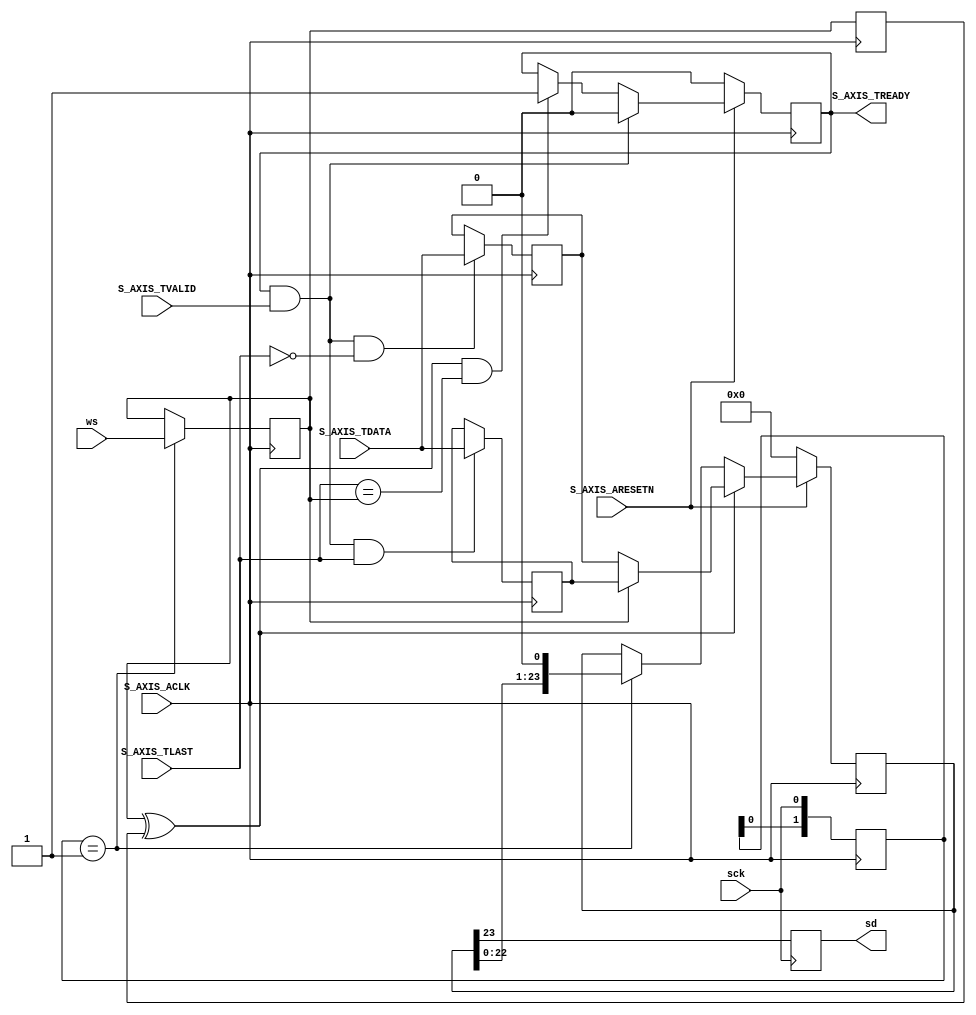
`timescale 1ns/1ns
module i2s_transmit #
  (
   parameter DATA_WIDTH = 24
   )
  (
   input S_AXIS_ACLK,
   input S_AXIS_ARESETN,
   input S_AXIS_TVALID,
   input [DATA_WIDTH-1 : 0] S_AXIS_TDATA,
   input S_AXIS_TLAST,
   output reg S_AXIS_TREADY,
  
   input sck,
   input ws,
   output reg sd
   );

  reg [1:0] sck_sync;
  always @(posedge S_AXIS_ACLK)
    sck_sync <= {sck_sync,sck};
  wire sck_rise = sck_sync == 2'b01;
  wire sck_fall = sck_sync == 2'b10;

  reg wsd = 0;
  always @(posedge S_AXIS_ACLK)
    if (sck_rise)
      wsd <= ws;

  reg wsdd = 0;
  always @(posedge S_AXIS_ACLK)
    wsdd <= wsd;

  wire wsp = wsd ^ wsdd;

  reg [DATA_WIDTH-1:0] data_left, data_right;

  reg [0:DATA_WIDTH-1] shift = 0;
  always @(posedge S_AXIS_ACLK)
    if (!S_AXIS_ARESETN)
      shift <= 0;
    else if (wsp)
      shift <= wsd ? data_right : data_left;
    else if (sck_rise)
      shift <= {shift,1'b0};

  initial sd = 0;
  always @(negedge sck)
    sd <= shift[0];

  always @(posedge S_AXIS_ACLK)
    if (!S_AXIS_ARESETN)
      S_AXIS_TREADY <= 0;
    else if (S_AXIS_TREADY && S_AXIS_TVALID)
      S_AXIS_TREADY <= 0;
    else if (wsp && S_AXIS_TLAST == wsd)
      S_AXIS_TREADY <= 1;

  always @(posedge S_AXIS_ACLK)
    if (S_AXIS_TREADY && S_AXIS_TVALID && !S_AXIS_TLAST)
      data_left <= S_AXIS_TDATA;
  
  always @(posedge S_AXIS_ACLK)
    if (S_AXIS_TREADY && S_AXIS_TVALID && S_AXIS_TLAST)
      data_right <= S_AXIS_TDATA;
  
endmodule